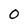
Character: 0